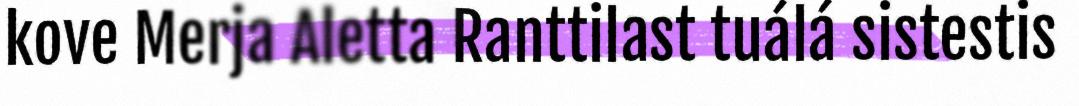
kove Merja Aletta Ranttilast tuálá sistestis